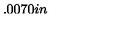
\setlength { \unitlength } { 0 . 0 0 7 0 i n }